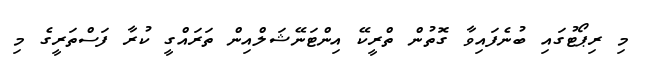
މި ރިޕޯޓުގައި ބުނެފައިވާ ގޮތުން ތްރީކޭ އިންޓަނޭޝަލްއިން ތަރައްގީ ކުރާ ފަސްތަރީގެ މި